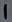
Text: 1